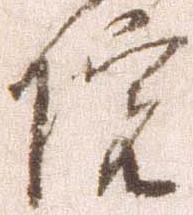
院